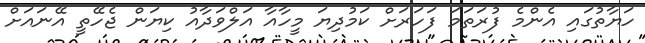
ހަޔާތުގައި އެންމެ ފުރަތަމަ ފަހަރަށް ކަމުދިޔަ މީހާއާ އަލްވަދާއު ކިޔަން ޖެހޭތީ އޭނައަށް